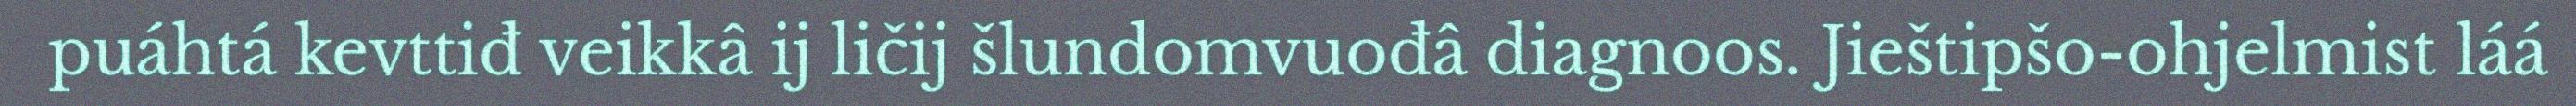
puáhtá kevttiđ veikkâ ij ličij šlundomvuođâ diagnoos. Jieštipšo-ohjelmist láá